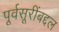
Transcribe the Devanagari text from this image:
पूर्वसूरींबद्दल